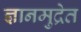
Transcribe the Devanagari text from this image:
ज्ञानमुद्रेत